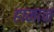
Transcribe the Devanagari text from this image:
हामान